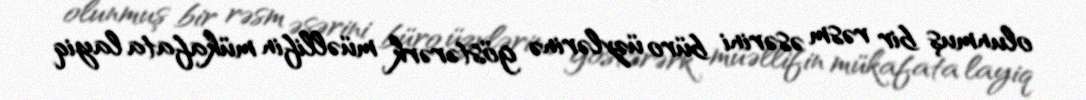
olunmuş bir rəsm əsərini büro üzvlərinə göstərərk müəllifin mükafata layiq